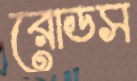
রোডস